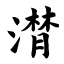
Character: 潸